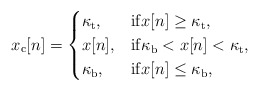
\begin{align*}x_{\rm c}[n]=\begin{cases}\kappa_{\rm t}, & \mathrm{if} x[n]\geq \kappa_{\rm t},\\x[n], & \mathrm{if} \kappa_{\rm b}<x[n]< \kappa_{\rm t},\\\kappa_{\rm b}, & \mathrm{if} x[n]\leq \kappa_{\rm b}, \end{cases}\end{align*}